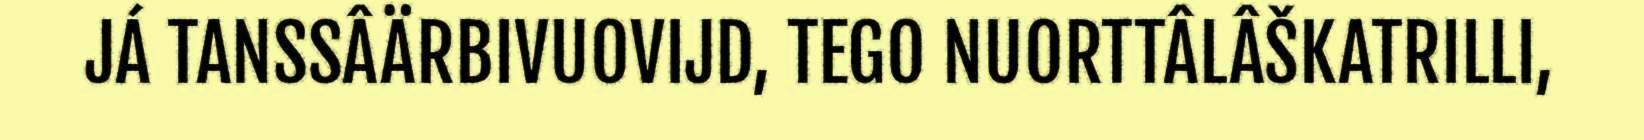
JÁ TANSSÂÄRBIVUOVIJD, TEGO NUORTTÂLÂŠKATRILLI,